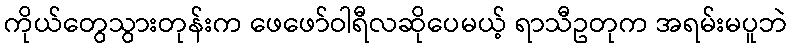
ကိုယ်တွေသွားတုန်းက ဖေဖော်ဝါရီလဆိုပေမယ့် ရာသီဥတုက အရမ်းမပူဘဲ